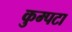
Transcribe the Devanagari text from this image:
कुम्पटा